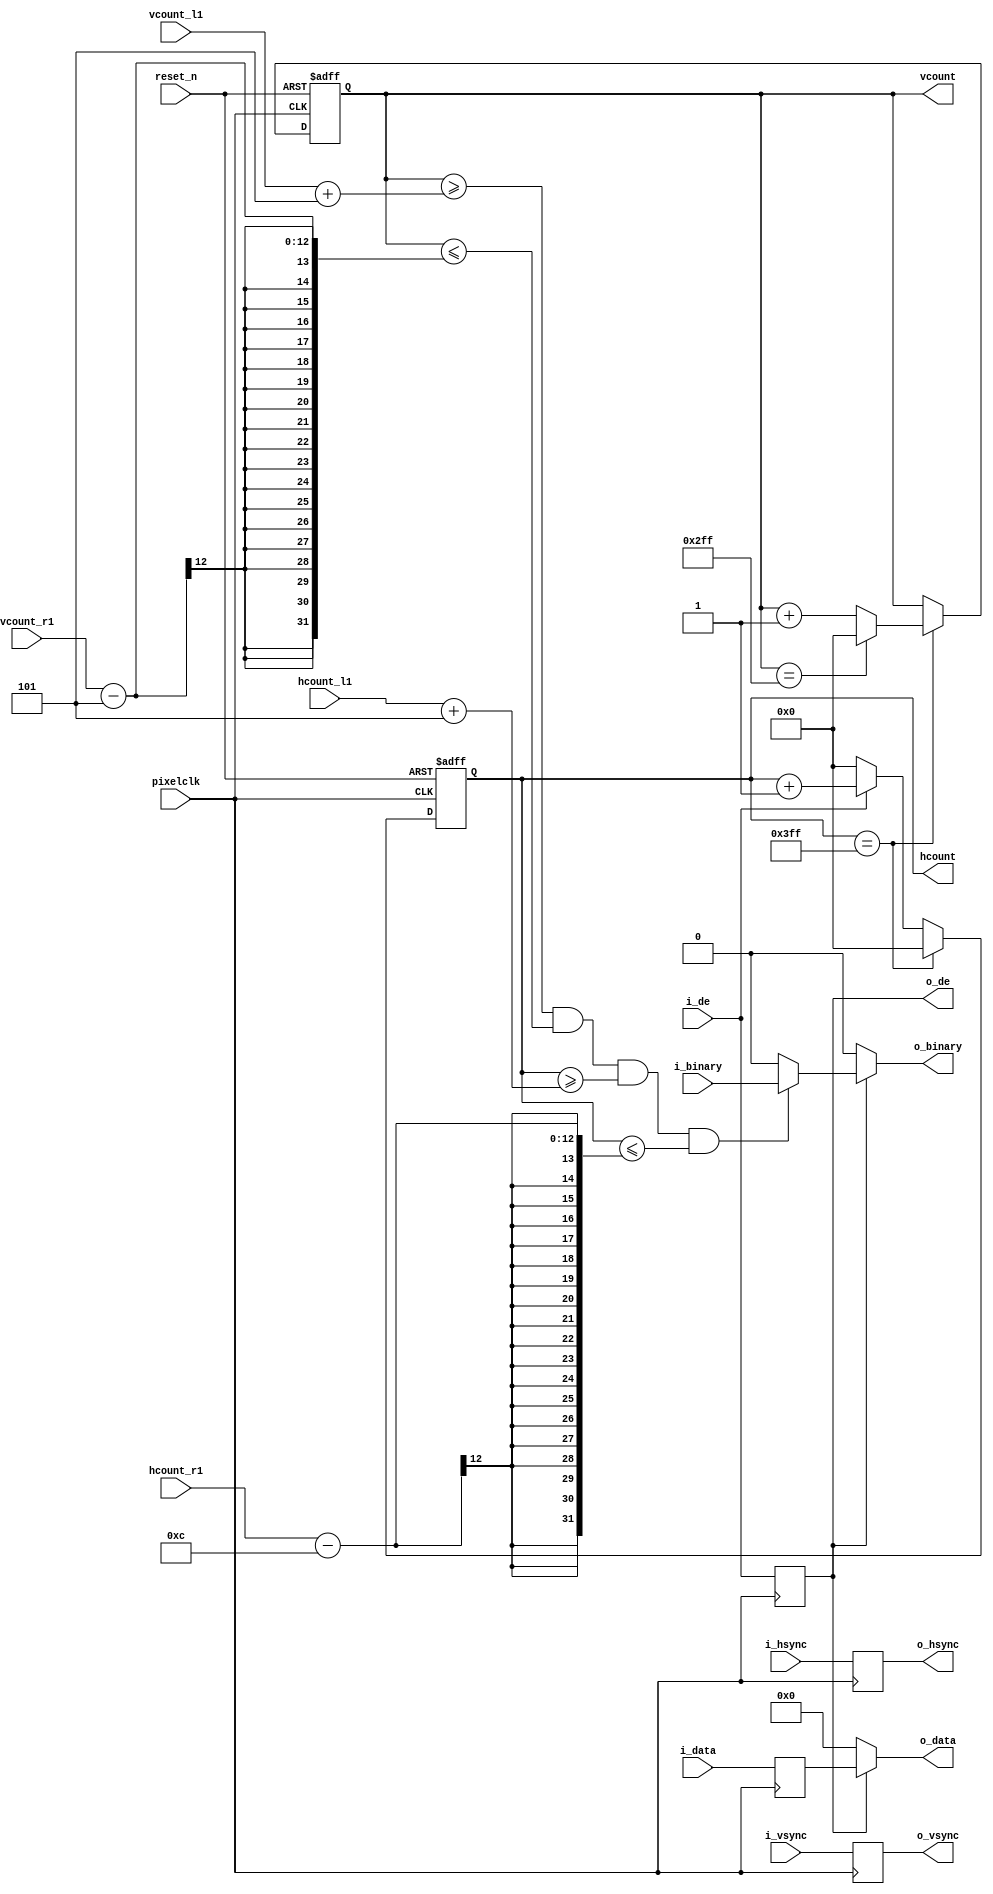
`timescale 1ns / 1ps

module HVcount_1#(
     parameter DW = 24,
	 parameter IW = 1920
      )(
    input                      pixelclk,
    input                      reset_n,
    input [DW-1:0]             i_data,
    input                      i_binary,    
    input                      i_hsync,
    input                      i_vsync,
    input                      i_de,
    input            [11:0]    hcount_l1,
    input            [11:0]    hcount_r1,
    input            [11:0]    vcount_l1,
    input            [11:0]    vcount_r1,
    

    output [11:0]              hcount,
    output [11:0]              vcount,
    output [DW-1:0]            o_data,
    output                     o_binary,
    output                     o_hsync,
    output                     o_vsync,
    output                     o_de
    );
    
reg [11:0]              hcount_r;
reg [11:0]              vcount_r;
reg [DW-1:0]            VGA_RGB_r;
reg                     VGA_binary_r;
reg                     vid_pVDE_r;
reg                     VGA_HS_r;
reg                     VGA_VS_r;
reg                     VGA_DE_r;

//synchronization
always @(posedge pixelclk) begin
  vid_pVDE_r <= i_de;
  VGA_RGB_r <= i_data;
  VGA_HS_r <= i_hsync;
  VGA_VS_r <= i_vsync;
  VGA_DE_r <= i_de;
end  


always@(posedge pixelclk or negedge reset_n)begin

    if(!reset_n) begin 
        hcount_r<=12'd0;
    end 
    else if (hcount_r==12'd1023)begin 
        hcount_r<=12'd0;
    end 
    else if(i_de==1'b1)begin 
        hcount_r<=hcount_r+1'b1;
    end 
    else begin 
        hcount_r<=12'd0;
    end 
end 


always@(posedge pixelclk or negedge reset_n)begin
    if(!reset_n) begin 
        vcount_r<=12'd0;
    end 
    else if ( hcount_r==12'd1023) begin
        if(vcount_r==12'd767 )begin 
            vcount_r<=12'd0;
        end 
        else begin 
            vcount_r<=vcount_r+1'b1;
        end 
     end
end 

always @(*)

 begin

   if (vcount_r>=vcount_l1+5 && vcount_r<=vcount_r1-5 &&  hcount_r>=hcount_l1+5 && hcount_r<=hcount_r1-12 )

    VGA_binary_r <= i_binary;

    else  VGA_binary_r <= 1'b0;
 
  end

 assign  o_data  =  (o_de)?VGA_RGB_r:0;
 assign  o_binary=  (o_de)?VGA_binary_r:0;
 assign  o_hsync =   VGA_HS_r;
 assign  o_vsync =   VGA_VS_r;
 assign  o_de    =   VGA_DE_r;
 assign  hcount  =   hcount_r;
 assign  vcount  =   vcount_r;
 
endmodule